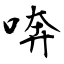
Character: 喯